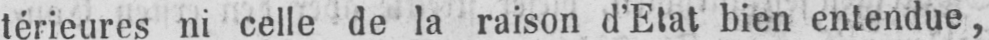
térieures ni celle de la raison d’Etat bien entendue,